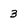
Character: 3